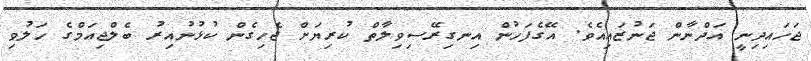
ޖަހައިދިނީ އަދްނާން ޖަނުޒައިއެވެ. އޭގެފަހުން އިނގިރޭސިވިލާތް ކުރިޔަށް ޖެހިގެން ކުޅުނުއިރު ބެލްޖިއަމްގެ ހަލުވި